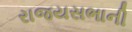
રાજયસભાની